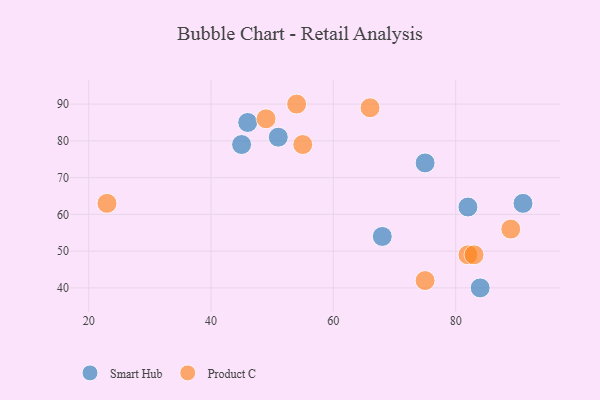
{"axis": {"x": "GDP", "y": "Life Expectancy"}, "legend": ["Product C", "Smart Hub"], "data": [{"x": "91", "y": 63, "type": "Smart Hub"}, {"x": "46", "y": 85, "type": "Smart Hub"}, {"x": "82", "y": 62, "type": "Smart Hub"}, {"x": "75", "y": 74, "type": "Smart Hub"}, {"x": "51", "y": 81, "type": "Smart Hub"}, {"x": "45", "y": 79, "type": "Smart Hub"}, {"x": "84", "y": 40, "type": "Smart Hub"}, {"x": "68", "y": 54, "type": "Smart Hub"}, {"x": "23", "y": 63, "type": "Product C"}, {"x": "55", "y": 79, "type": "Product C"}, {"x": "82", "y": 49, "type": "Product C"}, {"x": "49", "y": 86, "type": "Product C"}, {"x": "89", "y": 56, "type": "Product C"}, {"x": "54", "y": 90, "type": "Product C"}, {"x": "66", "y": 89, "type": "Product C"}, {"x": "75", "y": 42, "type": "Product C"}, {"x": "83", "y": 49, "type": "Product C"}]}